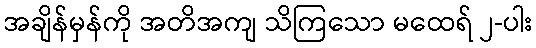
အချိန်မှန်ကို အတိအကျ သိကြသော မထေရ် ၂-ပါး